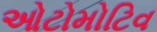
ઓટોમોટિવ